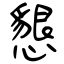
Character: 懇